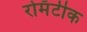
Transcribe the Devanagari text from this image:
रोमँटीक